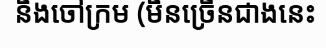
និងចៅក្រម (មិនច្រើនជាងនេះ